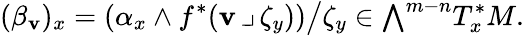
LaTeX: (\beta_{\mathbf{v}})_{x}=\left(\alpha_{x}\wedge f^{*}(\mathbf{v}\, \lrcorner\, \zeta_{y})\right){\big/}\zeta_{y}\in{\textstyle\bigwedge}^{m-n}T_{x}^{*}M.